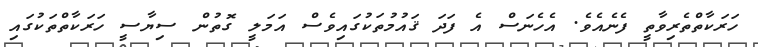
ހަރަކާތްތެރިވާތީ ފެނެއެވެ. އެހެނަސް އެ ފަދަ ޤައުމުތަކުގައިވެސް އަމަލީ ގޮތުން ސިޔާސީ ހަރަކާތްތަކުގައި